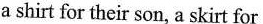
a shirt for their son, a skirt for